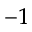
^ { - 1 }